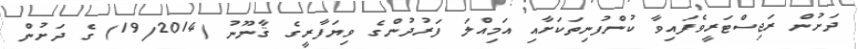
ދަށުން ރަޖިސްޓަރީވެފައިވާ ކުންފުނިތަކަށާއި އަމިއްލަ ފަރުދުންގެ ވިޔަފާރީގެ ޤާނޫނު (19/2014) ގެ ދަށުން